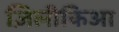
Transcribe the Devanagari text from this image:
ज़िलीकिआ